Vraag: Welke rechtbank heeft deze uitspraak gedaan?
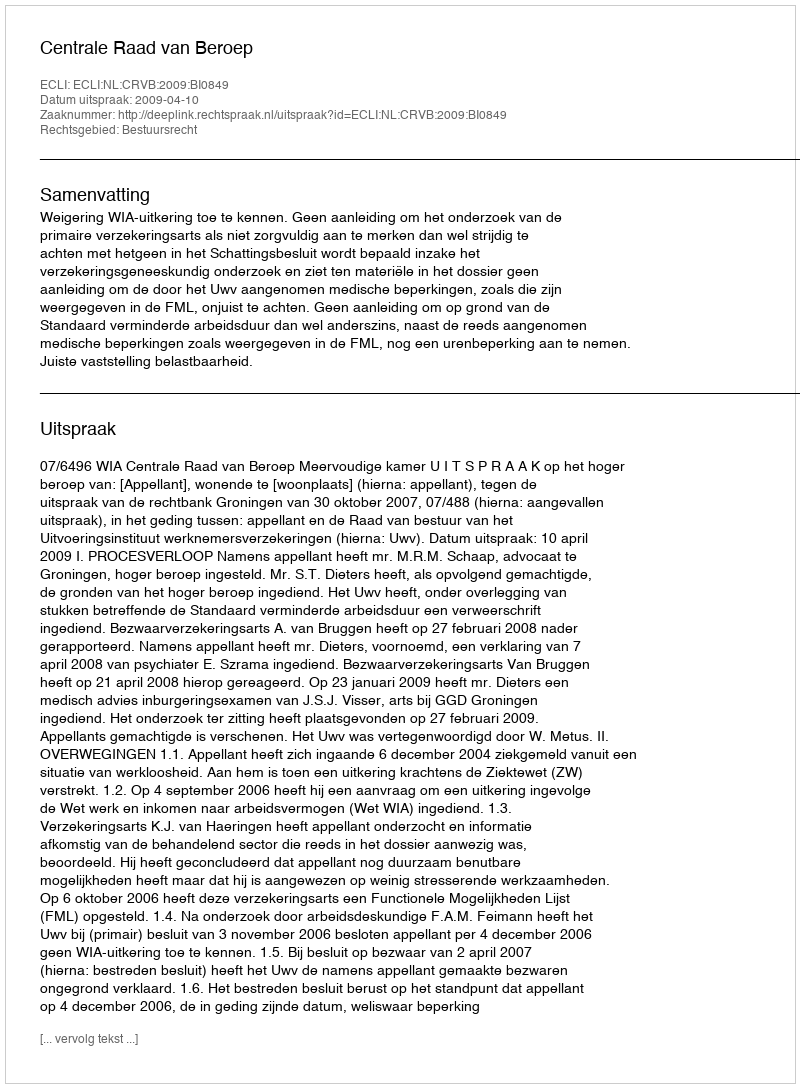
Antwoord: Centrale Raad van Beroep